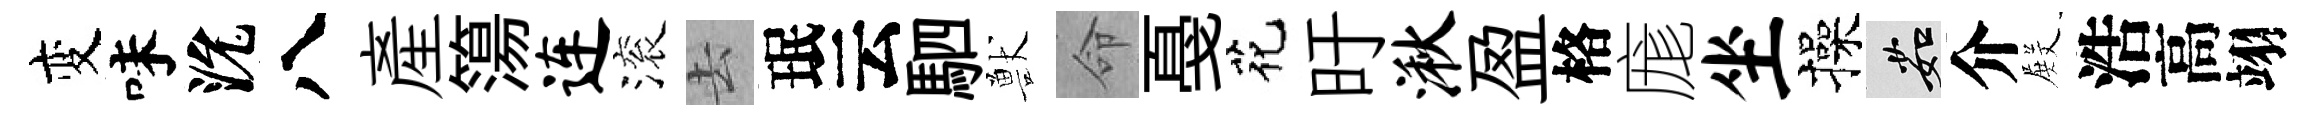
变味沇八産簜连滚去珉云駟獸命戞花旴湫盈格庬坐操茹介𭮺浩高翊